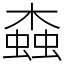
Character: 螙